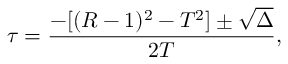
\tau = \frac { - [ ( R - 1 ) ^ { 2 } - T ^ { 2 } ] \pm \sqrt { \Delta } } { 2 T } ,